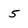
Character: 5